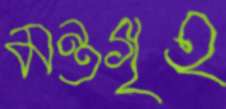
মন্ত্রগৃহ